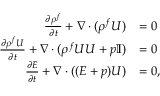
\begin{array} { r l } { \frac { \partial \rho ^ { f } } { \partial t } + \nabla \cdot ( \rho ^ { f } \boldsymbol { U } ) } & { = 0 } \\ { \frac { \partial \rho ^ { f } \boldsymbol { U } } { \partial t } + \nabla \cdot ( \rho ^ { f } \boldsymbol { U } \boldsymbol { U } + p \mathbb { I } ) } & { = 0 } \\ { \frac { \partial E } { \partial t } + \nabla \cdot ( ( E + p ) \boldsymbol { U } ) } & { = 0 , } \end{array}